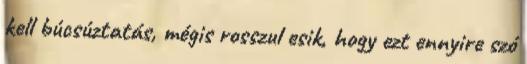
kell búcsúztatás, mégis rosszul esik, hogy ezt ennyire szó